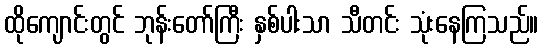
ထိုကျောင်းတွင် ဘုန်းတော်ကြီး နှစ်ပါးသာ သီတင်း သုံးနေကြသည်။